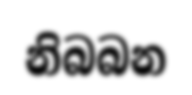
නිබබන